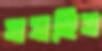
ঘষছিস